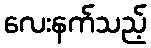
လေးနက်သည့်